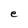
Character: e